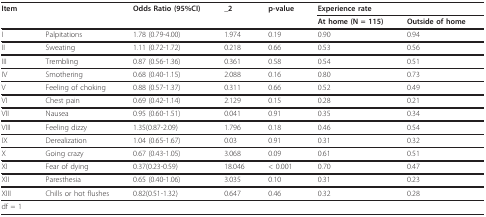
| Item |  | Odds Ratio (95%CI) | _2 | p-value | <COLSPAN=2> Experience rate |
 |  |  |  |  |  | At home (N = 115) | Outside of home |
 | --- | --- | --- | --- | --- | --- | --- |
 | I | Palpitations | 1.78 (0.79-4.00) | 1.974 | 0.19 | 0.90 | 0.94 |
 | II | Sweating | 1.11 (0.72-1.72) | 0.218 | 0.66 | 0.53 | 0.56 |
 | III | Trembling | 0.87 (0.56-1.36) | 0.361 | 0.58 | 0.54 | 0.51 |
 | IV | Smothering | 0.68 (0.40-1.15) | 2.088 | 0.16 | 0.80 | 0.73 |
 | V | Feeling of choking | 0.88 (0.57-1.37) | 0.311 | 0.66 | 0.52 | 0.49 |
 | VI | Chest pain | 0.69 (0.42-1.14) | 2.129 | 0.15 | 0.28 | 0.21 |
 | VII | Nausea | 0.95 (0.60-1.51) | 0.041 | 0.91 | 0.35 | 0.34 |
 | VIII | Feeling dizzy | 1.35(0.87-2.09) | 1.796 | 0.18 | 0.46 | 0.54 |
 | IX | Derealization | 1.04 (0.65-1.67) | 0.03 | 0.91 | 0.31 | 0.32 |
 | X | Going crazy | 0.67 (0.43-1.05) | 3.068 | 0.09 | 0.61 | 0.51 |
 | XI | Fear of dying | 0.37(0.23-0.59) | 18.046 | < 0.001 | 0.70 | 0.47 |
 | XII | Paresthesia | 0.65 (0.40-1.06) | 3.035 | 0.10 | 0.31 | 0.23 |
 | XIII | Chills or hot flushes | 0.82(0.51-1.32) | 0.647 | 0.46 | 0.32 | 0.28 |
 | df = 1 |  |  |  |  |  |  |